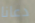
دعانا